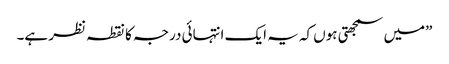
”میں سمجھتی ہوں کہ یہ ایک انتہائی درجہ کا نقطہ نظر ہے۔